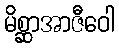
မိစ္ဆာအာဇီဝေါ